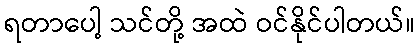
ရတာပေါ့ သင်တို့ အထဲ ဝင်နိုင်ပါတယ်။